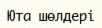
Юта шөлдері